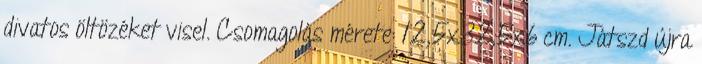
divatos öltözéket visel. Csomagolás mérete: 12,5x32,5x6 cm. Játszd újra